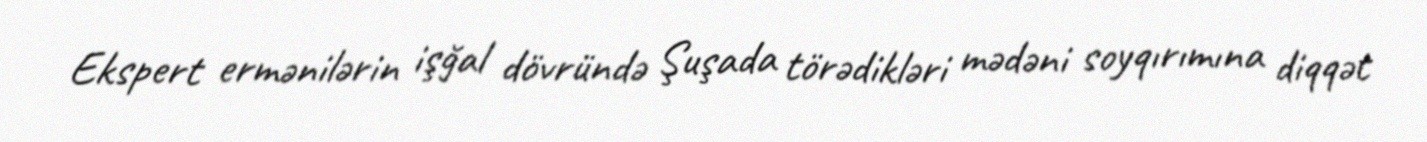
Ekspert ermənilərin işğal dövründə Şuşada törədikləri mədəni soyqırımına diqqət